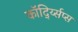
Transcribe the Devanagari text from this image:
कॉर्द्य्सिप्स